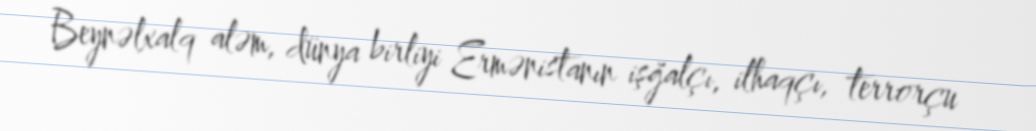
Beynəlxalq aləm, dünya birliyi Ermənistanın işğalçı, ilhaqçı, terrorçu